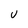
Character: U